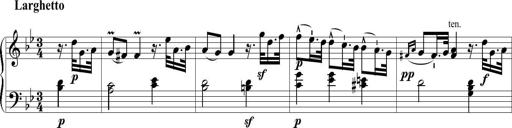
Title: 6 Leichte Sonatinen, Teil 1
Composer: F. Sigismund Sander